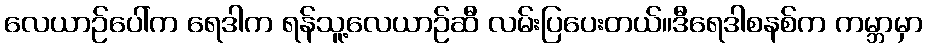
လေယာဉ်ပေါ်က ရေဒါက ရန်သူ့လေယာဉ်ဆီ လမ်းပြပေးတယ်။ဒီရေဒါစနစ်က ကမ္ဘာမှာ